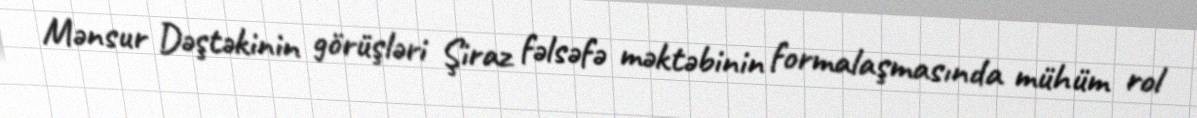
Mənsur Dəştəkinin görüşləri Şiraz fəlsəfə məktəbinin formalaşmasında mühüm rol